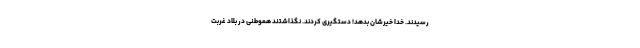
رسیدند. خدا خیرشان بدهد! دستگیری کردند. نگذاشتند هموطنی در بلاد غربت